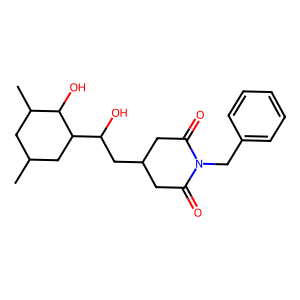
SMILES: CC1CC(C)C(O)C(C(O)CC2CC(=O)N(Cc3ccccc3)C(=O)C2)C1
Inhibits HIV replication: No